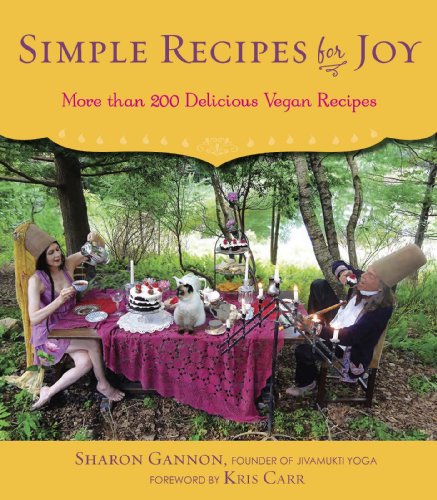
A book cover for Simple Recipes for Joy: More Than 200 Delicious Vegan Recipes; Sharon Gannon; Science & Math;